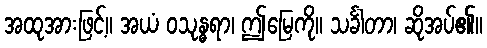
အထုအားဖြင့်။ အယံ ဝသုန္ဓရာ၊ ဤမြေကို။ သင်္ခါတာ၊ ဆိုအပ်၏။